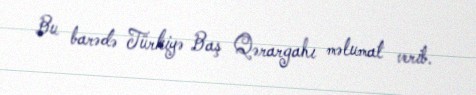
Bu barədə Türkiyə Baş Qərargahı məlumat verib.